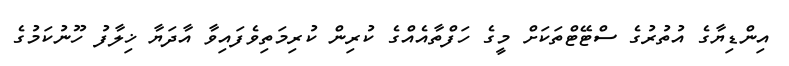
އިންޑިޔާގެ އުތުރުގެ ސްޓޭޓްތަކަށް މީގެ ހަފްތާއެއްގެ ކުރިން ކުރިމަތިވެފައިވާ އާދަޔާ ޚިލާފު ހޫނުކަމުގެ